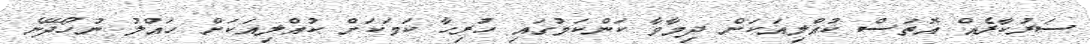
ސަރުކާރެއް އޮތަސް ކުއްލިއަކަށް ދިމާވާ ކަންކަމުގައި ހުރިހާ ކަމަކަށް ކުއްލިއަކަށް ހައްލު ނުހޯދޭނެ